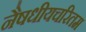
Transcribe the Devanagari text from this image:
नैषधीयचरितम